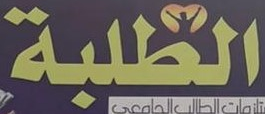
الطلبة